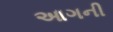
આગની